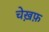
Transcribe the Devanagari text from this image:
चेख़फ़